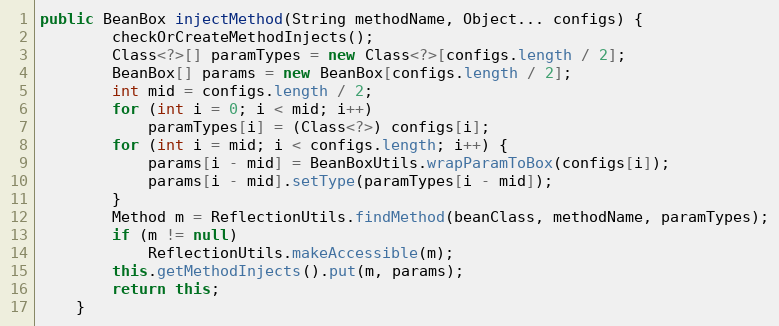
Language: Java
public BeanBox injectMethod(String methodName, Object... configs) {
		checkOrCreateMethodInjects();
		Class<?>[] paramTypes = new Class<?>[configs.length / 2];
		BeanBox[] params = new BeanBox[configs.length / 2];
		int mid = configs.length / 2;
		for (int i = 0; i < mid; i++)
			paramTypes[i] = (Class<?>) configs[i];
		for (int i = mid; i < configs.length; i++) {
			params[i - mid] = BeanBoxUtils.wrapParamToBox(configs[i]);
			params[i - mid].setType(paramTypes[i - mid]);
		}
		Method m = ReflectionUtils.findMethod(beanClass, methodName, paramTypes);
		if (m != null)
			ReflectionUtils.makeAccessible(m);
		this.getMethodInjects().put(m, params);
		return this;
	}